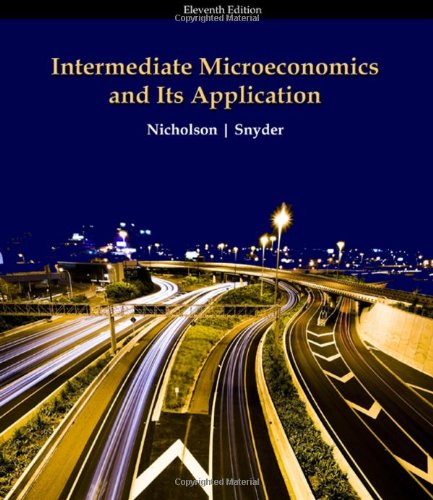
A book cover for Intermediate Microeconomics and Its Application, 11th Edition; Walter Nicholson; Business & Money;